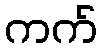
ကက်